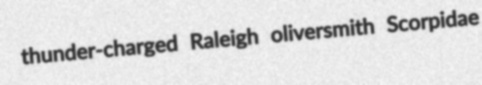
thunder-charged Raleigh oliversmith Scorpidae